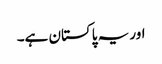
اور یہ پاکستان ہے۔